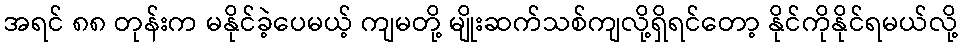
အရင် ၈၈ တုန်းက မနိုင်ခဲ့ပေမယ့် ကျမတို့ မျိုးဆက်သစ်ကျလို့ရှိရင်တော့ နိုင်ကိုနိုင်ရမယ်လို့